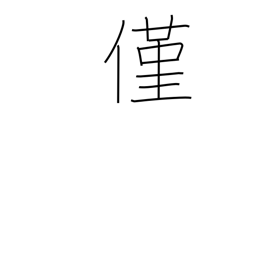
Meaning: a wee bit